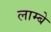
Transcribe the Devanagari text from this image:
लाम्बे